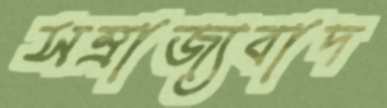
সম্রাজ্যবাদ